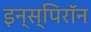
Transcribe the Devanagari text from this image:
इन्स्पिरॉन